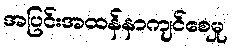
အပြင်းအထန်နာကျင်စေမှု